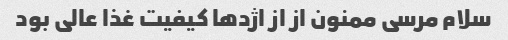
سلام مرسی ممنون از از اژدها کیفیت غذا عالی بود